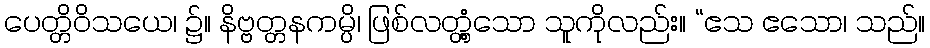
ပေတ္တိဝိသယေ၊ ၌။ နိဗ္ဗတ္တနကမ္ပိ၊ ဖြစ်လတ္တံ့သော သူကိုလည်း။ “ဧသ ဧသော၊ သည်။